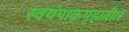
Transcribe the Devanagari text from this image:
स्वयंपाकगृहातील